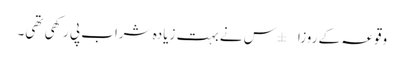
وقوعہ کے روزا±س نے بہت زیادہ شراب پی رکھی تھی۔